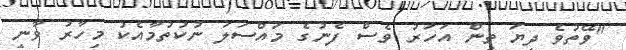
"ވޭތުވެ ދިޔަ ތިން އަހަރު ވެސް ފެނުގެ މައްސަލަ ނުކުތުމާއެކު މިހާރު ވާނީ